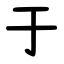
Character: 于